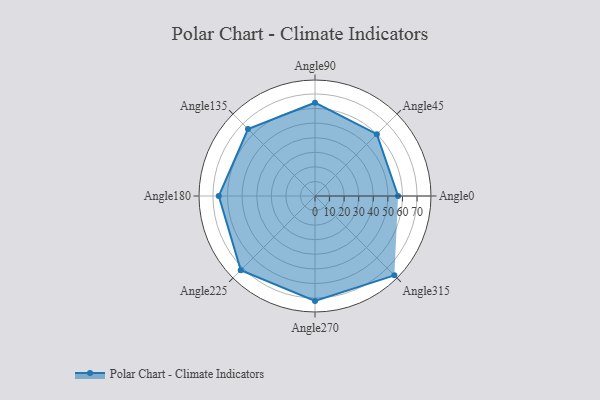
{"axis": {"x": "Angle", "y": "Radius"}, "legend": [""], "data": [{"x": "Angle0", "y": 57.0, "type": ""}, {"x": "Angle45", "y": 60.0, "type": ""}, {"x": "Angle90", "y": 64.0, "type": ""}, {"x": "Angle135", "y": 65.0, "type": ""}, {"x": "Angle180", "y": 66.0, "type": ""}, {"x": "Angle225", "y": 72.0, "type": ""}, {"x": "Angle270", "y": 72.0, "type": ""}, {"x": "Angle315", "y": 77.0, "type": ""}]}